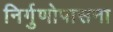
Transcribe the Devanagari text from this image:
निर्गुणोपासना